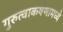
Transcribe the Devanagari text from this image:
गुरुत्वाकर्षणामध्ये